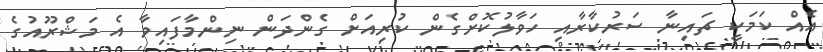
އެއް ކަމަކީ ޗައިނާ ސަރުކާރާއި ހަވާލުކޮށްގެން ކުރިއަށް ގެންދަން ނިންމާފައިވާ އެ މަޝްރޫއުގެ